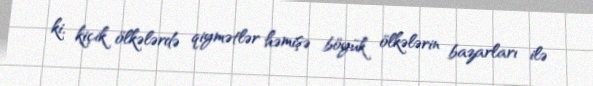
ki, kiçik ölkələrdə qiymətlər həmişə böyük ölkələrin bazarları ilə